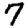
Digit: 7